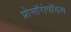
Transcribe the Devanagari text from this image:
प्रोसॉरोपॉड्स